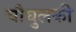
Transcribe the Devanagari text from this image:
चौघुलकी